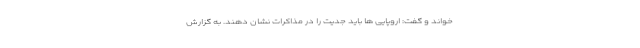
خواند و گفت: اروپایی ها باید جدیت را در مذاکرات نشان دهند. به گزارش